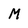
Character: M